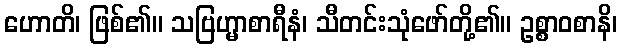
ဟောတိ၊ ဖြစ်၏။ သဗြဟ္မာစာရီနံ၊ သီတင်းသုံဖော်တို့၏။ ဥစ္စာဝစာနိ၊